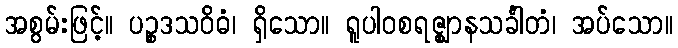
အစွမ်းဖြင့်။ ပဉ္စဒသဝိဓံ၊ ရှိသော။ ရူပါဝစရဇ္ဈာနသင်္ခါတံ၊ အပ်သော။